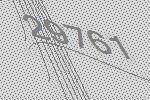
29761